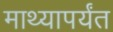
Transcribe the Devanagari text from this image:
माथ्यापर्यंत